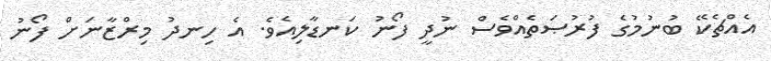
އެއްޗެކޭ ބުނުމުގެ ފުރުޞަތެއްވެސް ނުދީ ފޯނު ކަނޑާލިއެވެ. އެ ހިނދު މިރްޒާނަށް ފޯނު